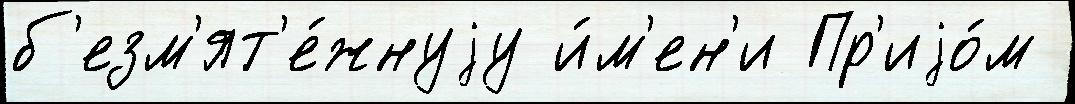
б'езм'ят'е́жнуjу и́м'ен'и Пр'иjо́м